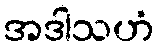
အဒါသဟံ